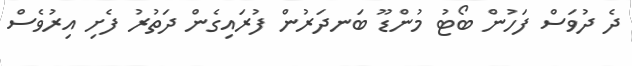
ދެ ދުވަސް ފަހުން ބޯޓު މުންޑޫ ބަނދަރުން ފުރައިގެން ދަތުރު ފެށި އިރުވެސް